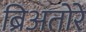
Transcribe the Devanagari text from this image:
ब्रिअतोरे